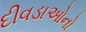
દીવડાઓનો